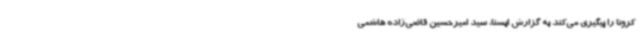
کرونا را پیگیری می‌کند به گزارش ایسنا، سید امیرحسین قاضی‌زاده هاشمی